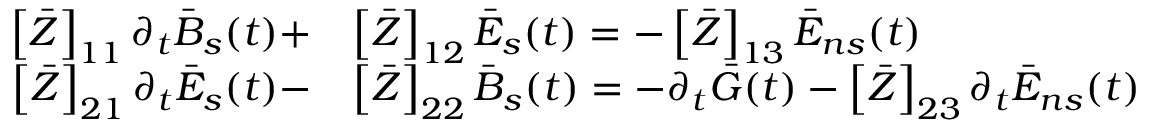
\begin{array} { r l } { \left[ \bar { Z } \right] _ { 1 1 } \partial _ { t } \bar { B } _ { s } ( t ) + } & { \left[ \bar { Z } \right] _ { 1 2 } \bar { E } _ { s } ( t ) = - \left[ \bar { Z } \right] _ { 1 3 } \bar { E } _ { n s } ( t ) } \\ { \left[ \bar { Z } \right] _ { 2 1 } \partial _ { t } \bar { E } _ { s } ( t ) - } & { \left[ \bar { Z } \right] _ { 2 2 } \bar { B } _ { s } ( t ) = - \partial _ { t } \bar { G } ( t ) - \left[ \bar { Z } \right] _ { 2 3 } \partial _ { t } \bar { E } _ { n s } ( t ) } \end{array}